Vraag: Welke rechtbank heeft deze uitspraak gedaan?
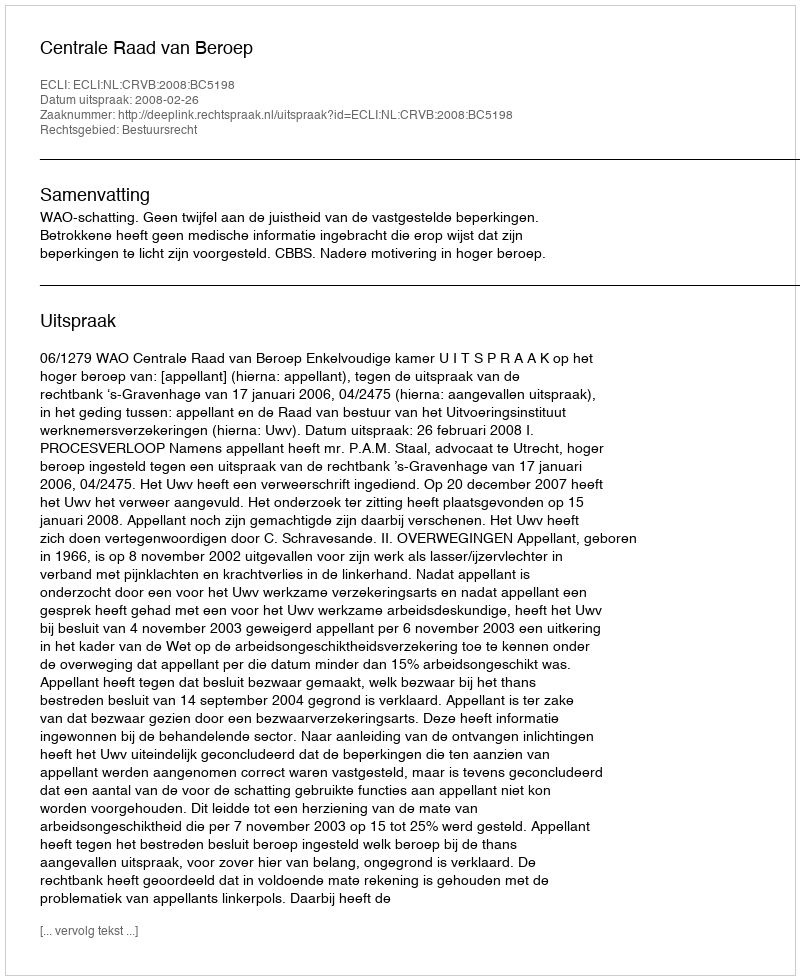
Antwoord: Centrale Raad van Beroep